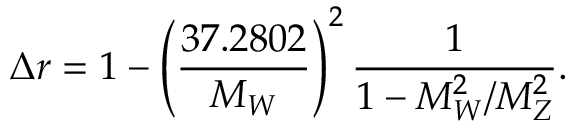
\Delta r = 1 - \left( \frac { 3 7 . 2 8 0 2 } { M _ { W } } \right) ^ { 2 } \frac { 1 } { 1 - M _ { W } ^ { 2 } / M _ { Z } ^ { 2 } } .